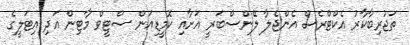
ތަޖުރިބާކާރު އެކްޓްރެސް އެންޖެލާ ލޭންސްބަރީ އަށާއި ކޮމީޑިއަން ސްޓީވް މާޓިން އަދި އިޓަލީގެ